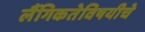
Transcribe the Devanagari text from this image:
लैंगिकतेविषयीचे